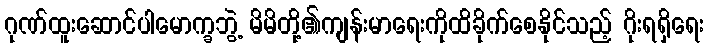
ဂုဏ်ထူးဆောင်ပါမောက္ခဘွဲ့ မိမိတို့၏ကျန်းမာရေးကိုထိခိုက်စေနိုင်သည့် ဂိုးရရှိရေး